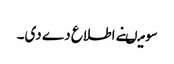
سو میںنے اطلاع دے دی۔